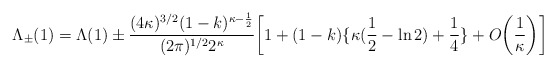
\begin{align*}\Lambda_{\pm}(1)=\Lambda (1) \pm \frac{(4\kappa)^{3/2}(1-k)^{\kappa-\frac{1}{2}}}{(2\pi)^{1/2}2^{\kappa}}\bigg[1+(1-k)\{\kappa(\frac{1}{2}-\ln 2)+\frac{1}{4}\}+O\bigg(\frac{1}{\kappa}\bigg)\bigg]\end{align*}